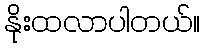
နိုးထလာပါတယ်။